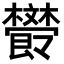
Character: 𣁩